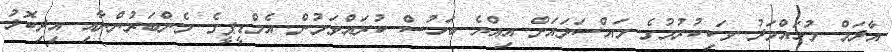
އާދަމް މުހައްމަދު ވަކިކުރުމުގެ މައްސަލައަށް އިއްޔެ ބަހުސް ކުރައްވަމުން އެމްޑީޕީގެ މެންބަރުންނާއި އިދިކޮޅު